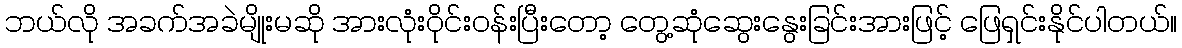
ဘယ်လို အခက်အခဲမျိုးမဆို အားလုံးဝိုင်းဝန်းပြီးတော့ တွေ့ဆုံဆွေးနွေးခြင်းအားဖြင့် ဖြေရှင်းနိုင်ပါတယ်။